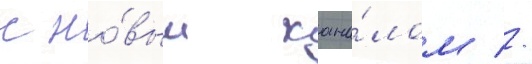
с но́вым кана́лом //